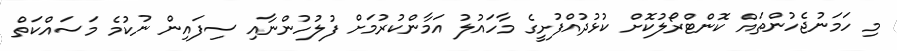
މި ހަމަނުޖެހުންތައް ކޮންޓްރޯލުކޮށް ކުޅުދުއްފުށީގެ މާހައުލު އަމާންކުރުމަށް ފުލުހުންނާއި ސިފައިން ނުކުމެ މަސައްކަތް